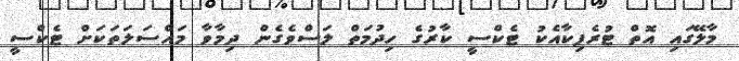
މާލޭގައި އޮތް ޓުރެފިކާއެކު ޓެކްސީ ކާރުގެ ހިދުމަތް ލަސްވެގެން ދިމާވާ މައްސަލަތަކަށް ޓެކްސީ